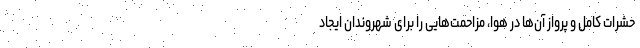
حشرات کامل و پرواز آن‌ها در هوا، مزاحمت‌هایی را برای شهروندان ایجاد